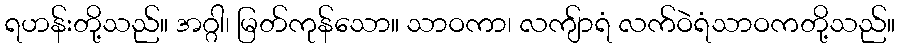
ရဟန်းတို့သည်။ အဂ္ဂါ၊ မြတ်ကုန်သော။ သာဝကာ၊ လကျ်ာရံ လက်ဝဲရံသာဝကတို့သည်။